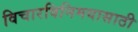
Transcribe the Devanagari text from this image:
विचारविनिमयासाठी